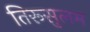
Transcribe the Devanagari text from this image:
तिरूसुलम